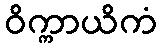
ဝိက္ကာယိကံ